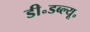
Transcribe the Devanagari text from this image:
डी॰डब्ल्यू॰